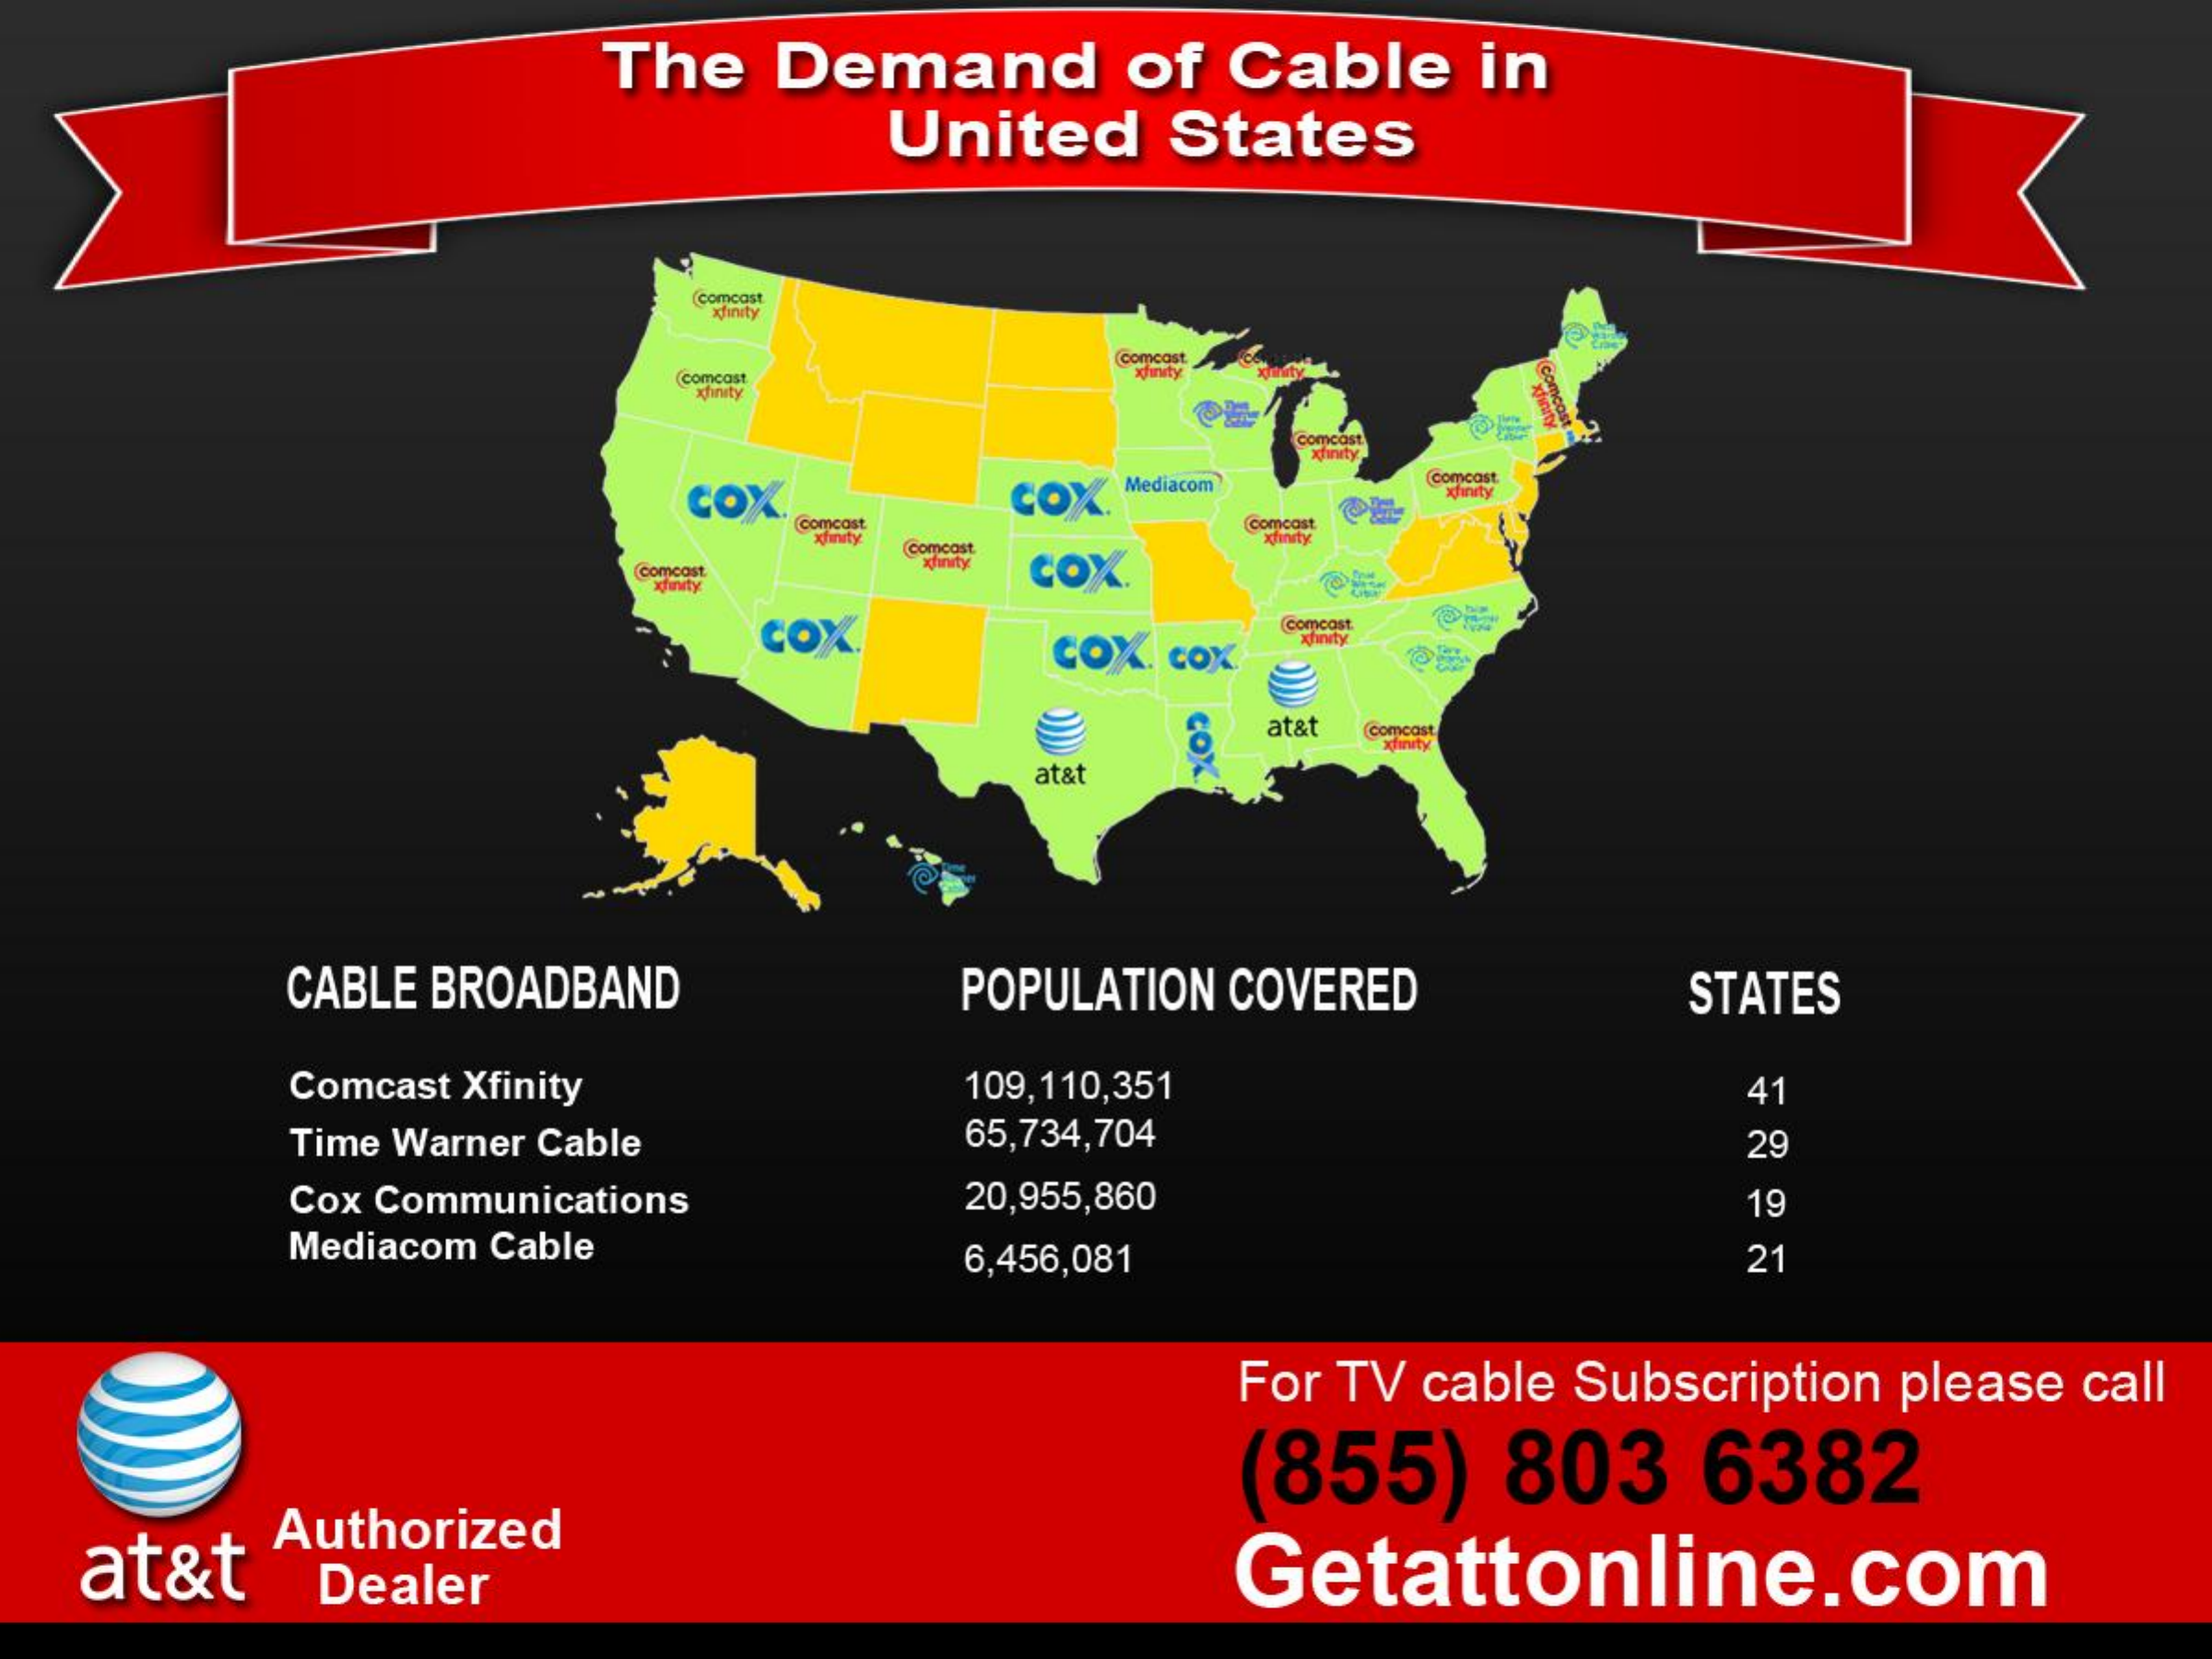
The Demand  of Cable in
     United States
     (comcast
     Ccomcast
     xfinity
     comcast
     (comcast
     xhaty.
     xfinity
     comcast
     xhrety
     COX.   COX. Mediacom comcast
     xfinity
     comcast
     xfinity
     comcast
     comcast xhaity
     comcast  COX
     xfinity:
     COX    COX. COX
     comcast
     Thrity
     COX
     at& comcast
     xfinity
     at&t
     CABLE BROADBAND POPULATION COVERED STATES
     Comcast Xfinity 109,110,351    41
     Time Warner Cable 65,734,704    29
     Cox Communications 20,955,860    19
     Mediacom Cable  6,456,081    21
     For TV cable Subscription please call
     (855) 803 6382
  at&t
     Authorized
     Dealer    Getattonline.com